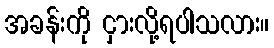
အခန်းကို ငှားလို့ရပါသလား။